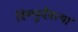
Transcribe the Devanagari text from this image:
विष्णुदैवत्यां